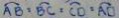
\widehat { A B } = \widehat { B C } = \widehat { C D } = \widehat { A D }